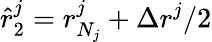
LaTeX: \hat{r}_{2}^{j}=r_{N_{j}}^{j}+\Delta r^{j}/2